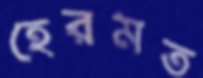
হেরমত